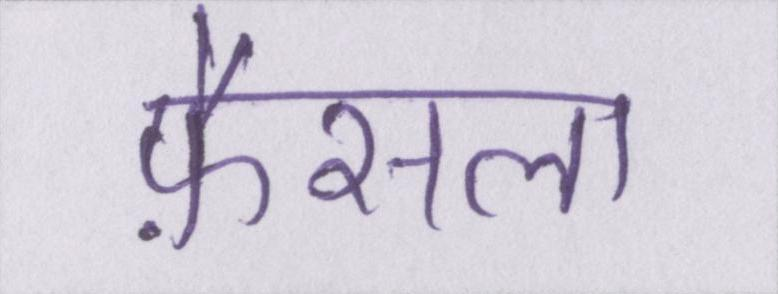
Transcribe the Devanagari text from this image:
फ़ैसला